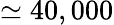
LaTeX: \simeq 40,000